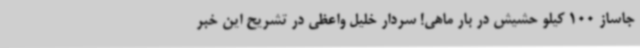
جاساز 100 کیلو حشیش در بار ماهی! سردار خلیل واعظی در تشریح این خبر